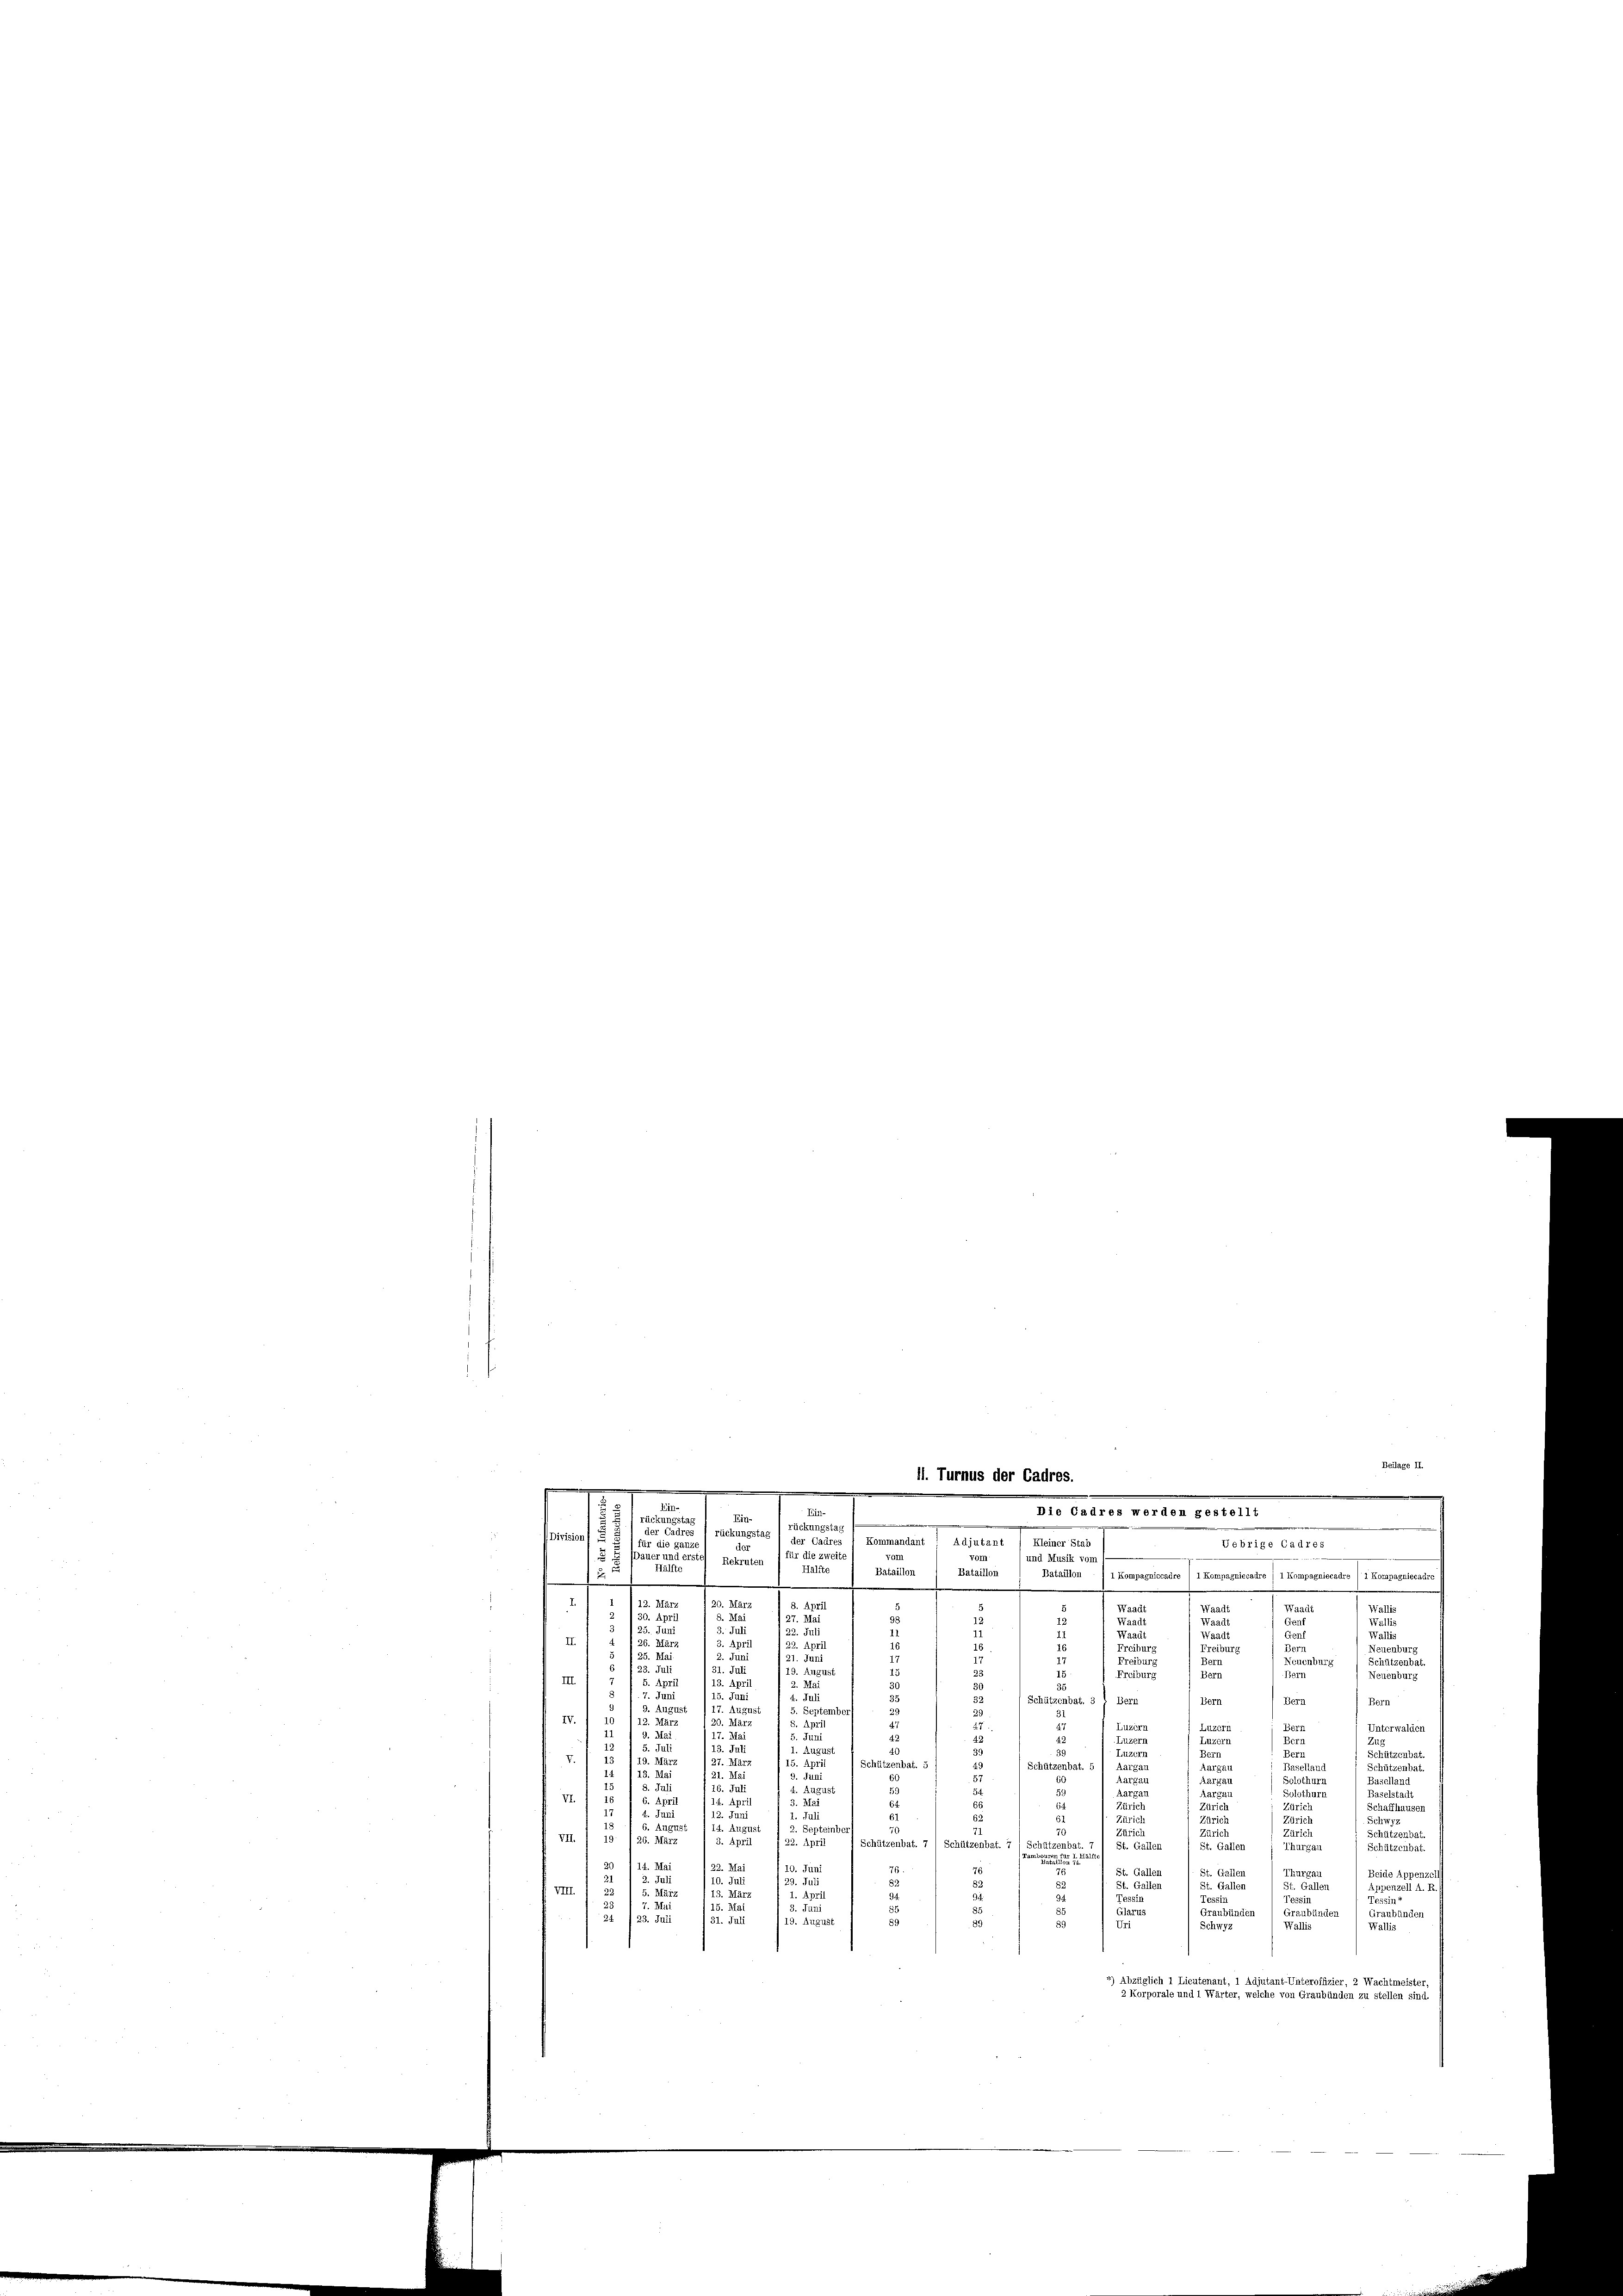
.
u
Ein-
Die Cadres werden gestellt
Ein-
ungst
rückungstag
res
Division d
rückungstag / der Cadres 1 Kommandant! Adjutant / Kleiner Stab
Uebrige Cadres
ir die zweit
e
und Musik vo
Rekruten
Ha
Batail
Bataillon
Bataillon 1 1 Kompagniccadre  1 Kompagniccadre / 1 Kompagniecadre (1 Kompagniecadre
.
d
e
.
.
e

120. M.
.
.Ma
Nag
Wallis
27. Mai
E
Waad
1115
Wallis
III.
Al
3. Ap
II.
Nei
Freiburg
u
35.
üitzenbat.
hurg
Bern
Berr
x
178
2
Schützenbat. 31 Bern
Bern
Bern
Bern

12. M
IV
Unterwalder
Lu
ü
s
I.
Beri
Luzern
Br
Schützenbat
.
V.
d
5. 47
Schützenbat. 5
Schützenbat. 5) A.
Baselland
rützenbat.
Solothurn
Baselland
u
ilstadt
VI.
hauser
u
477
Set.
1
Augu
Septeinber
25
enbat.
126. März
VII.
pril 22. Apri
Schützenbat. 7 / Schützenbat. 7 Sch
St. Gallen
.
Schützenbat.
Thurgau
76.
Thurgau
St. Gallen
Beide Appe
Gallen

Gallen
St. Galler
ll A. R.
VIII.
März
u
sSit
851
s
u
15. Mi
nbünden
traubünden Graubünden
Grau
34
23. Juli 31. Juli
19. August
Wallis
Schwyz
4) Abzüglich 1 Lieutenant, 1 Adjutant-Unteroffizier, 2 Wachtmeister
2 Korporale und 1 Wärter, welche von Graubünden zu stellen sind.

Beilage II.
11. Turnus der Cadres.